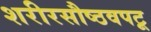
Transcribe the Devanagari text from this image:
शरीरसौष्ठवपटू